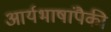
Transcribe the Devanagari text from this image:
आर्यभाषांपैकी